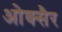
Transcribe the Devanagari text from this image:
ओक्सैर